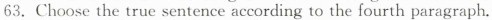
63.Choose the true sentence according to the fourth paragraph.